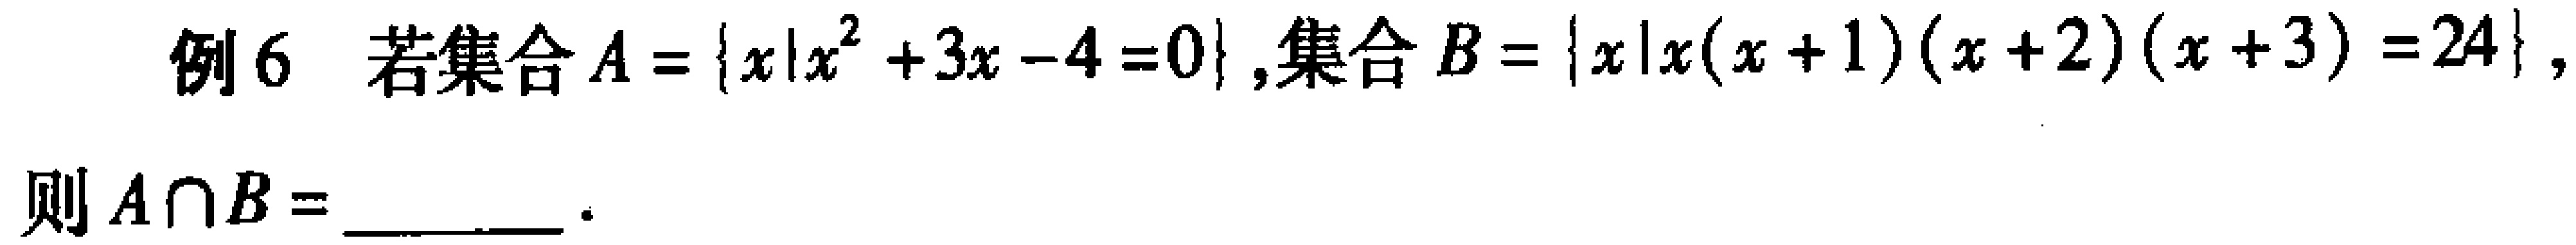
例6 若集合\(A = \{x|x^{2}+3x - 4 = 0\}\)，集合\(B = \{x|x(x + 1)(x + 2)(x + 3)=24\}\)，则\(A\cap B=\)  。